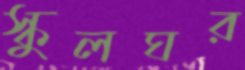
স্কুলঘর